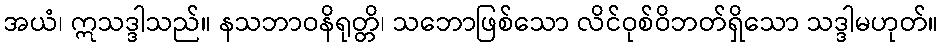
အယံ၊ ဣသဒ္ဒါသည်။ နသဘာဝနိရုတ္တိ၊ သဘောဖြစ်သော လိင်ဝုစ်ဝိဘတ်ရှိသော သဒ္ဒါမဟုတ်။